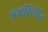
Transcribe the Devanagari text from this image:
मंखविरचित